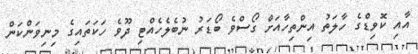
އާއި ކޮވިޑްގެ ހާލަތު އިންތިހާއަށް ގޯސްވެ ބޯޑަރު ނުބެލެހެއްޓި ދޫވެ ހަކަތައިގެ މިނިވަންކަން